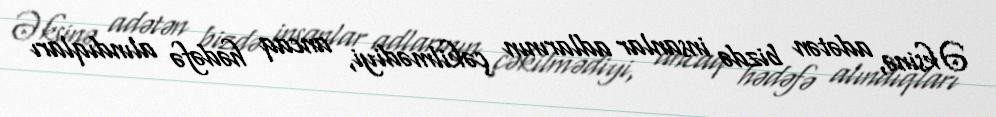
Əksinə, adətən bizdə insanlar adlarının çəkilmədiyi, ancaq hədəfə alındıqları